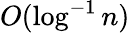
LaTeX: O(\log^{-1}{n})